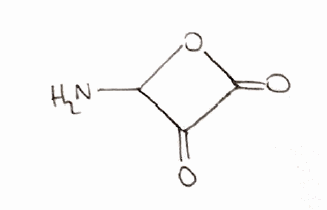
Simplified molecular-input line-entry system (SMILES) notation of the given molecule:
C1(C(=O)C(=O)O1)N